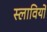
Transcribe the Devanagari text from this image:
स्लावियों